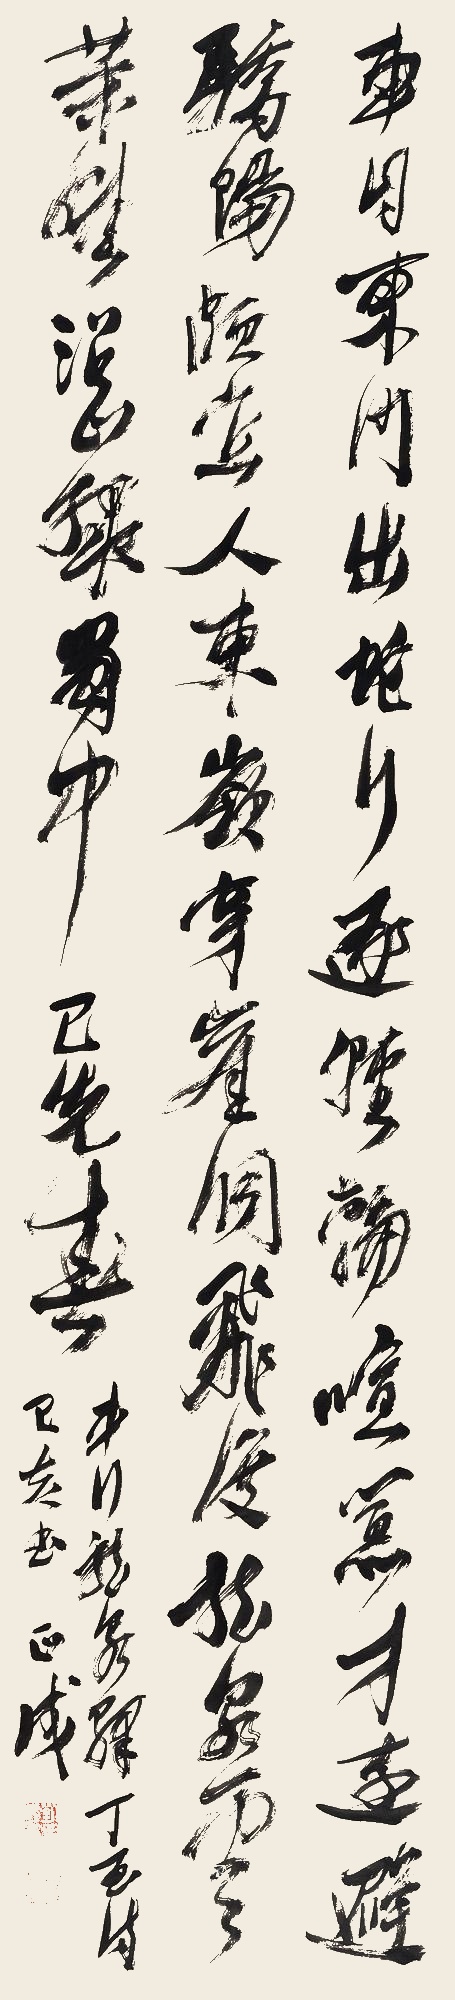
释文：车自东门出，蛇行逐轻轮。喧嚣才远避，骄阳颇宜人。东岭穿崖洞，飞度龙泉云。菜畦沿山绿，蜀中已先春。《车行龙泉驿》。丁酉诗，己亥书，正成。